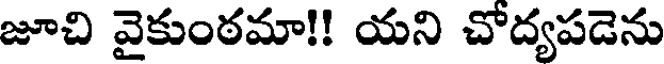
జూచి వైకుంఠమా!! యని చోద్యపడెను